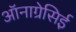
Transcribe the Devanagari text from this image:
ऑनाग्रेसिई